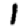
Digit: 1